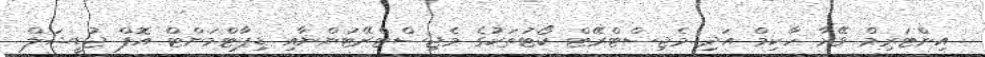
އިންޓަރިމް ވޭރާ ހާކިމް އަދި މެޖިސްޓްރޭޓް ކޯޓުތަކުގެ މެޖިސްޓްރޭޓުންނާއި ޑިޕާޓްމަންޓް އޮފް ޖުޑީޝަލް